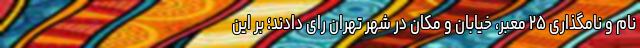
نام و نامگذاری ۲۵ معبر، خیابان و مکان در شهر تهران رای دادند؛ بر این